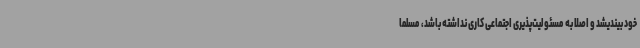
خود بیندیشد و اصلا به مسئولیت‌پذیری اجتماعی کاری نداشته باشد، مسلما